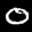
Digit: 8